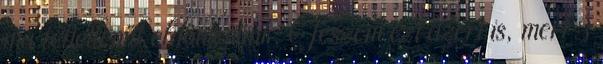
ma feltétlenül eldöntenünk. Teszem ezt azért is, mert 3